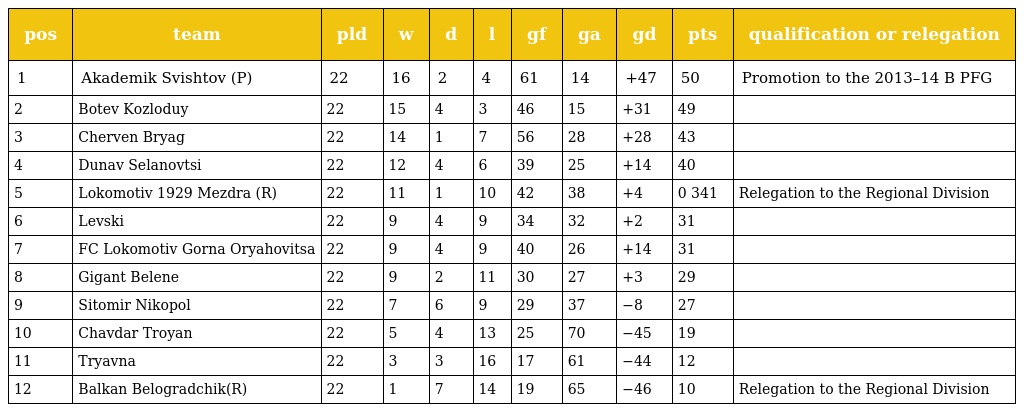
| pos | team | pld | w | d | l | gf | ga | gd | pts | qualification or relegation |
 | --- | --- | --- | --- | --- | --- | --- | --- | --- | --- | --- |
 | 1 | Akademik Svishtov (P) | 22 | 16 | 2 | 4 | 61 | 14 | +47 | 50 | Promotion to the 2013–14 B PFG |
 | 2 | Botev Kozloduy | 22 | 15 | 4 | 3 | 46 | 15 | +31 | 49 |  |
 | 3 | Cherven Bryag | 22 | 14 | 1 | 7 | 56 | 28 | +28 | 43 |  |
 | 4 | Dunav Selanovtsi | 22 | 12 | 4 | 6 | 39 | 25 | +14 | 40 |  |
 | 5 | Lokomotiv 1929 Mezdra (R) | 22 | 11 | 1 | 10 | 42 | 38 | +4 | 0 341 | Relegation to the Regional Division |
 | 6 | Levski | 22 | 9 | 4 | 9 | 34 | 32 | +2 | 31 |  |
 | 7 | FC Lokomotiv Gorna Oryahovitsa | 22 | 9 | 4 | 9 | 40 | 26 | +14 | 31 |  |
 | 8 | Gigant Belene | 22 | 9 | 2 | 11 | 30 | 27 | +3 | 29 |  |
 | 9 | Sitomir Nikopol | 22 | 7 | 6 | 9 | 29 | 37 | −8 | 27 |  |
 | 10 | Chavdar Troyan | 22 | 5 | 4 | 13 | 25 | 70 | −45 | 19 |  |
 | 11 | Tryavna | 22 | 3 | 3 | 16 | 17 | 61 | −44 | 12 |  |
 | 12 | Balkan Belogradchik(R) | 22 | 1 | 7 | 14 | 19 | 65 | −46 | 10 | Relegation to the Regional Division |